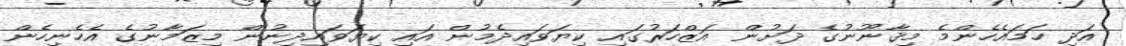
އަދި ހަމައެެހެންމެ މިޤާނޫނުގެ ދަށުން އަޒްހަރުގައި ކިޔަވައިދެމުން އައި ކިޔަވައިދިނުން މިޒަމާނުގެ އެހެނިހެން